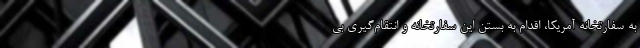
به سفارتخانه آمریکا، اقدام به بستن این سفارتخانه و انتقام‌گیری بی